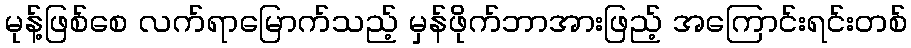
မုန့်ဖြစ်စေ လက်ရာမြောက်သည့် မှန်ဖိုက်ဘာအားဖြည့် အကြောင်းရင်းတစ်